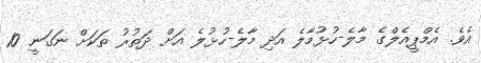
އެވެ. އެމްޕީއެލްގެ މާލެ-ހުޅުމާލެ އަދި މާލެ-ހުޅުލެ އަށް ދަތުރު ތަކަށް ނަގަނީ 10